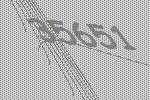
35651